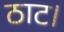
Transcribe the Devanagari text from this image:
ठाट।